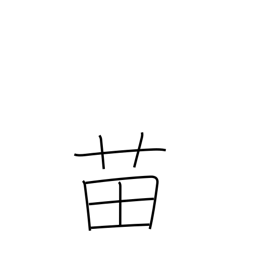
Meaning: seedling